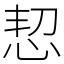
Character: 恝